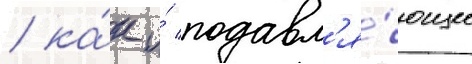
/ ка́к и́ подавл'я́ющее